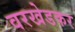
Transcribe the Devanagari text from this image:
वरखेडकर